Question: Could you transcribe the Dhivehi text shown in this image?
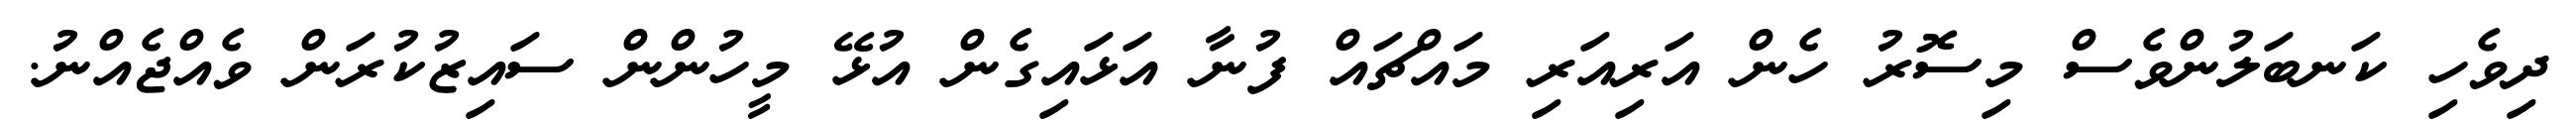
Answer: ދިވެހި ކަނބަލުންވެސް މިސޮރު ހެން އަރިއަރި މައްޗައް ފުނާ އަޅައިގެން އުޅޭ މީހުންން ސައިޒުކުރަން ވެއްޖެއްނު.